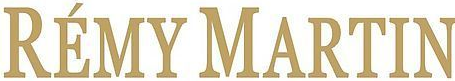
REMY MARTIN